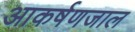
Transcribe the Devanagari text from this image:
आकर्षणजाल